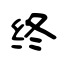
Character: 终